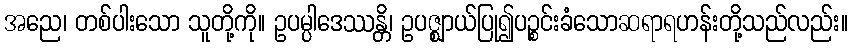
အညေ၊ တစ်ပါးသော သူတို့ကို။ ဥပမ္ပါဒေဿန္တိ၊ ဥပဇ္ဈာယ်ပြု၍ပဉ္စင်းခံသောဆရာရဟန်းတို့သည်လည်း။